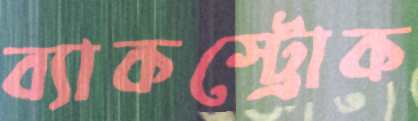
ব্যাকস্ট্রোক